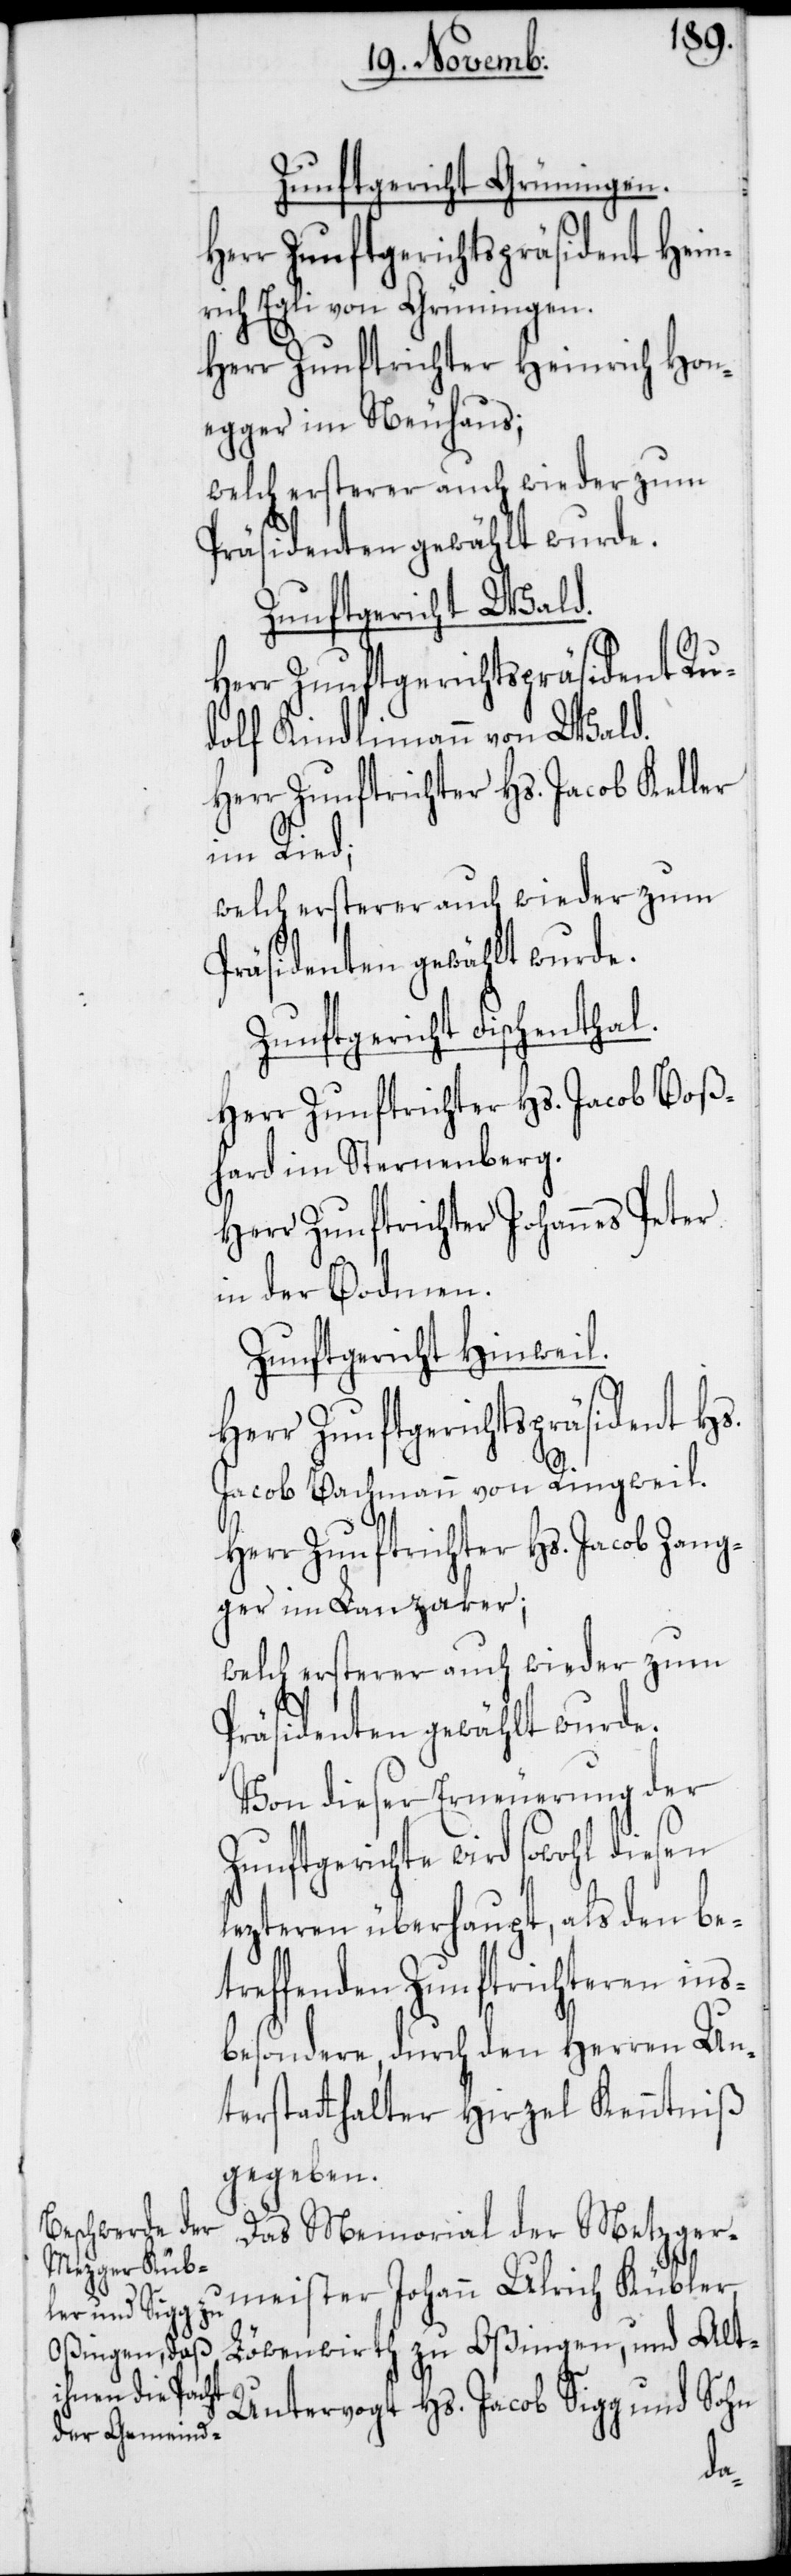
Zunftgericht Grüningen.
Herr Zunftgerichtspräsident Hein¬
rich Egli von Grüningen.
Herr Zunftrichter Heinrich Hon¬
egger im Neuhaus;
welch ersterer auch wieder zum
Präsidenten gewählt wurde.
Zunftgericht Wald.
Herr Zunftgerichtspräsident Ru¬
dolf Kindlimann von Wald.
Herr Zunftrichter Hs. Jacob Keller
im Ried;
welch ersterer auch wieder zum
Präsidenten gewählt wurde.
Zunftgericht Fischenthal.
Herr Zunftrichter Hs. Jacob Boß¬
hard im Sternenberg.
Herr Zunftrichter Johannes Peter
in der Bodmen.
Zunftgericht Hinweil.
Herr Zunftgerichtspräsident Hs.
Jacob Bachmann von Ringweil.
Herr Zunftrichter Hs. Jacob Zang¬
ger im Lanzaker;
welch ersterer auch wieder zum
Präsidenten gewählt wurde.
Von dieser Erneuerung der
Zunftgerichte wird sowohl diesen
lezteren überhaupt, als den be¬
treffenden Zunftrichteren ins¬
besondere, durch den Herren Un¬
terstatthalter Hirzel Kenntniß
gegeben.
Das Memorial der Metzger¬
meister Johann Ulrich Kübler,
Löwenwirth zu Oßingen, und Alt-U¬
ntervogt Hs. Jacob Sigg und Sohn